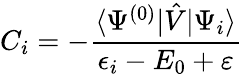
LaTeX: C_{i}=-\frac{\langle\Psi^{(0)}|\hat{V}|\Psi_{i}\rangle}{\epsilon_{i}-E_{0}+\varepsilon}